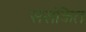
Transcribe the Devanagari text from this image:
ससंकित